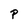
Character: P